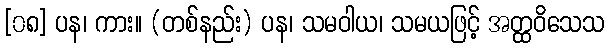
[၀၈] ပန၊ ကား။ (တစ်နည်း) ပန၊ သမဝါယ၊ သမယဖြင့် အတ္ထဝိသေသ